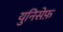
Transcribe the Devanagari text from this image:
युनिसेफ़